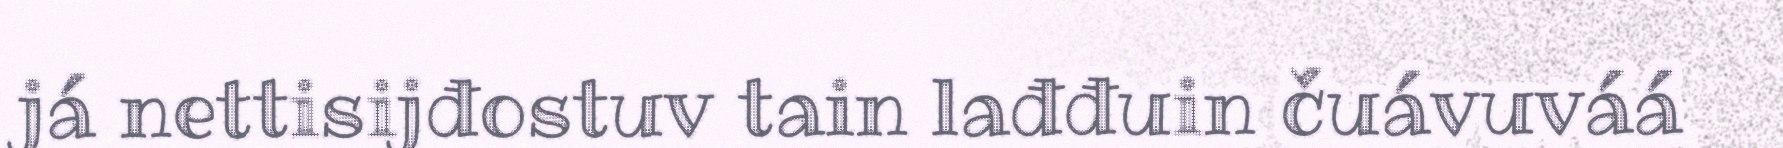
já nettisijđostuv tain lađđuin čuávuváá